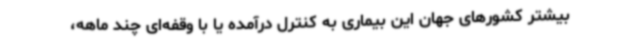
بیشتر کشورهای جهان این بیماری به کنترل درآمده یا با وقفه‌ای چند ماهه،